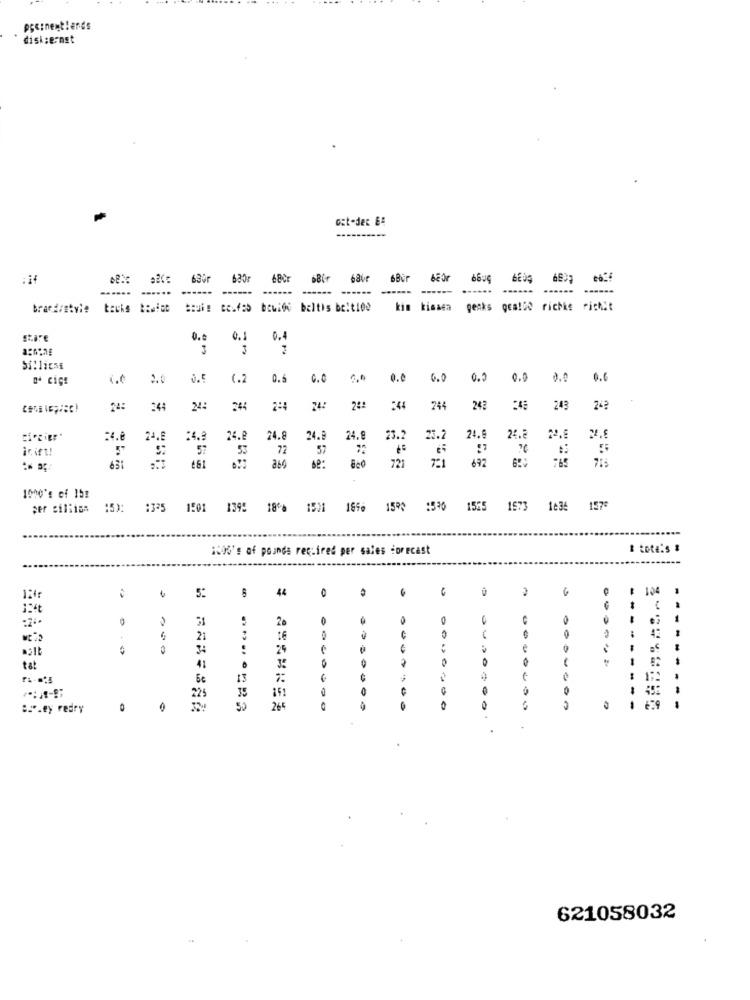
peinentlends
disk:ernst
ost-der &#
CE'9
6Bir
6Bur
*624
......
......
......
brand/style
SHui : coudes bewife baltis belt100
kim kissen genks gealle richke richit
0.0
0. 1
0.4
3
Si!liens
(.0
0.6
1.2
0.5
0.0
0.0
0.0
0.5
0.0
0.0
0.6
24:
244
2:4
544
244
242
24?
:4.8
24.6
24.
24.8
24.
24.
23.2
25.
24.
24.8
inift!
57
53
72
57
721
721
672
se:
800
1000's of 15:
per cillian
15): : 325 1501 139: 18% 1501
1896 159% :530 1565 1673 1636 1575
...-
100%'s of pounds required per sales forecast
# tote:s &
44
6
6
5:
51
0
-
---
4:
21
16
24
1
tat
41
35
6€
13
225
35
--
es.ey redry
0
26
-
621058032